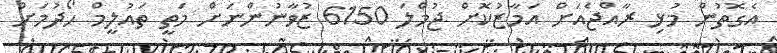
އެގޮތުން މުޅި ރާއްޖެއަށް އަމާޒުކޮށް ޖުމްލަ 6150 ޒުވާނުންނަށް މަތީ ތައުލީމް ހޯދުމަށް